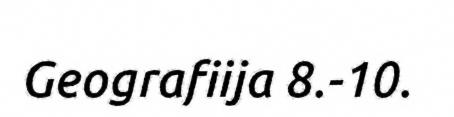
Geografiija 8.-10.